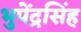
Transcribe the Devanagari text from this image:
भुपेंद्रसिंह